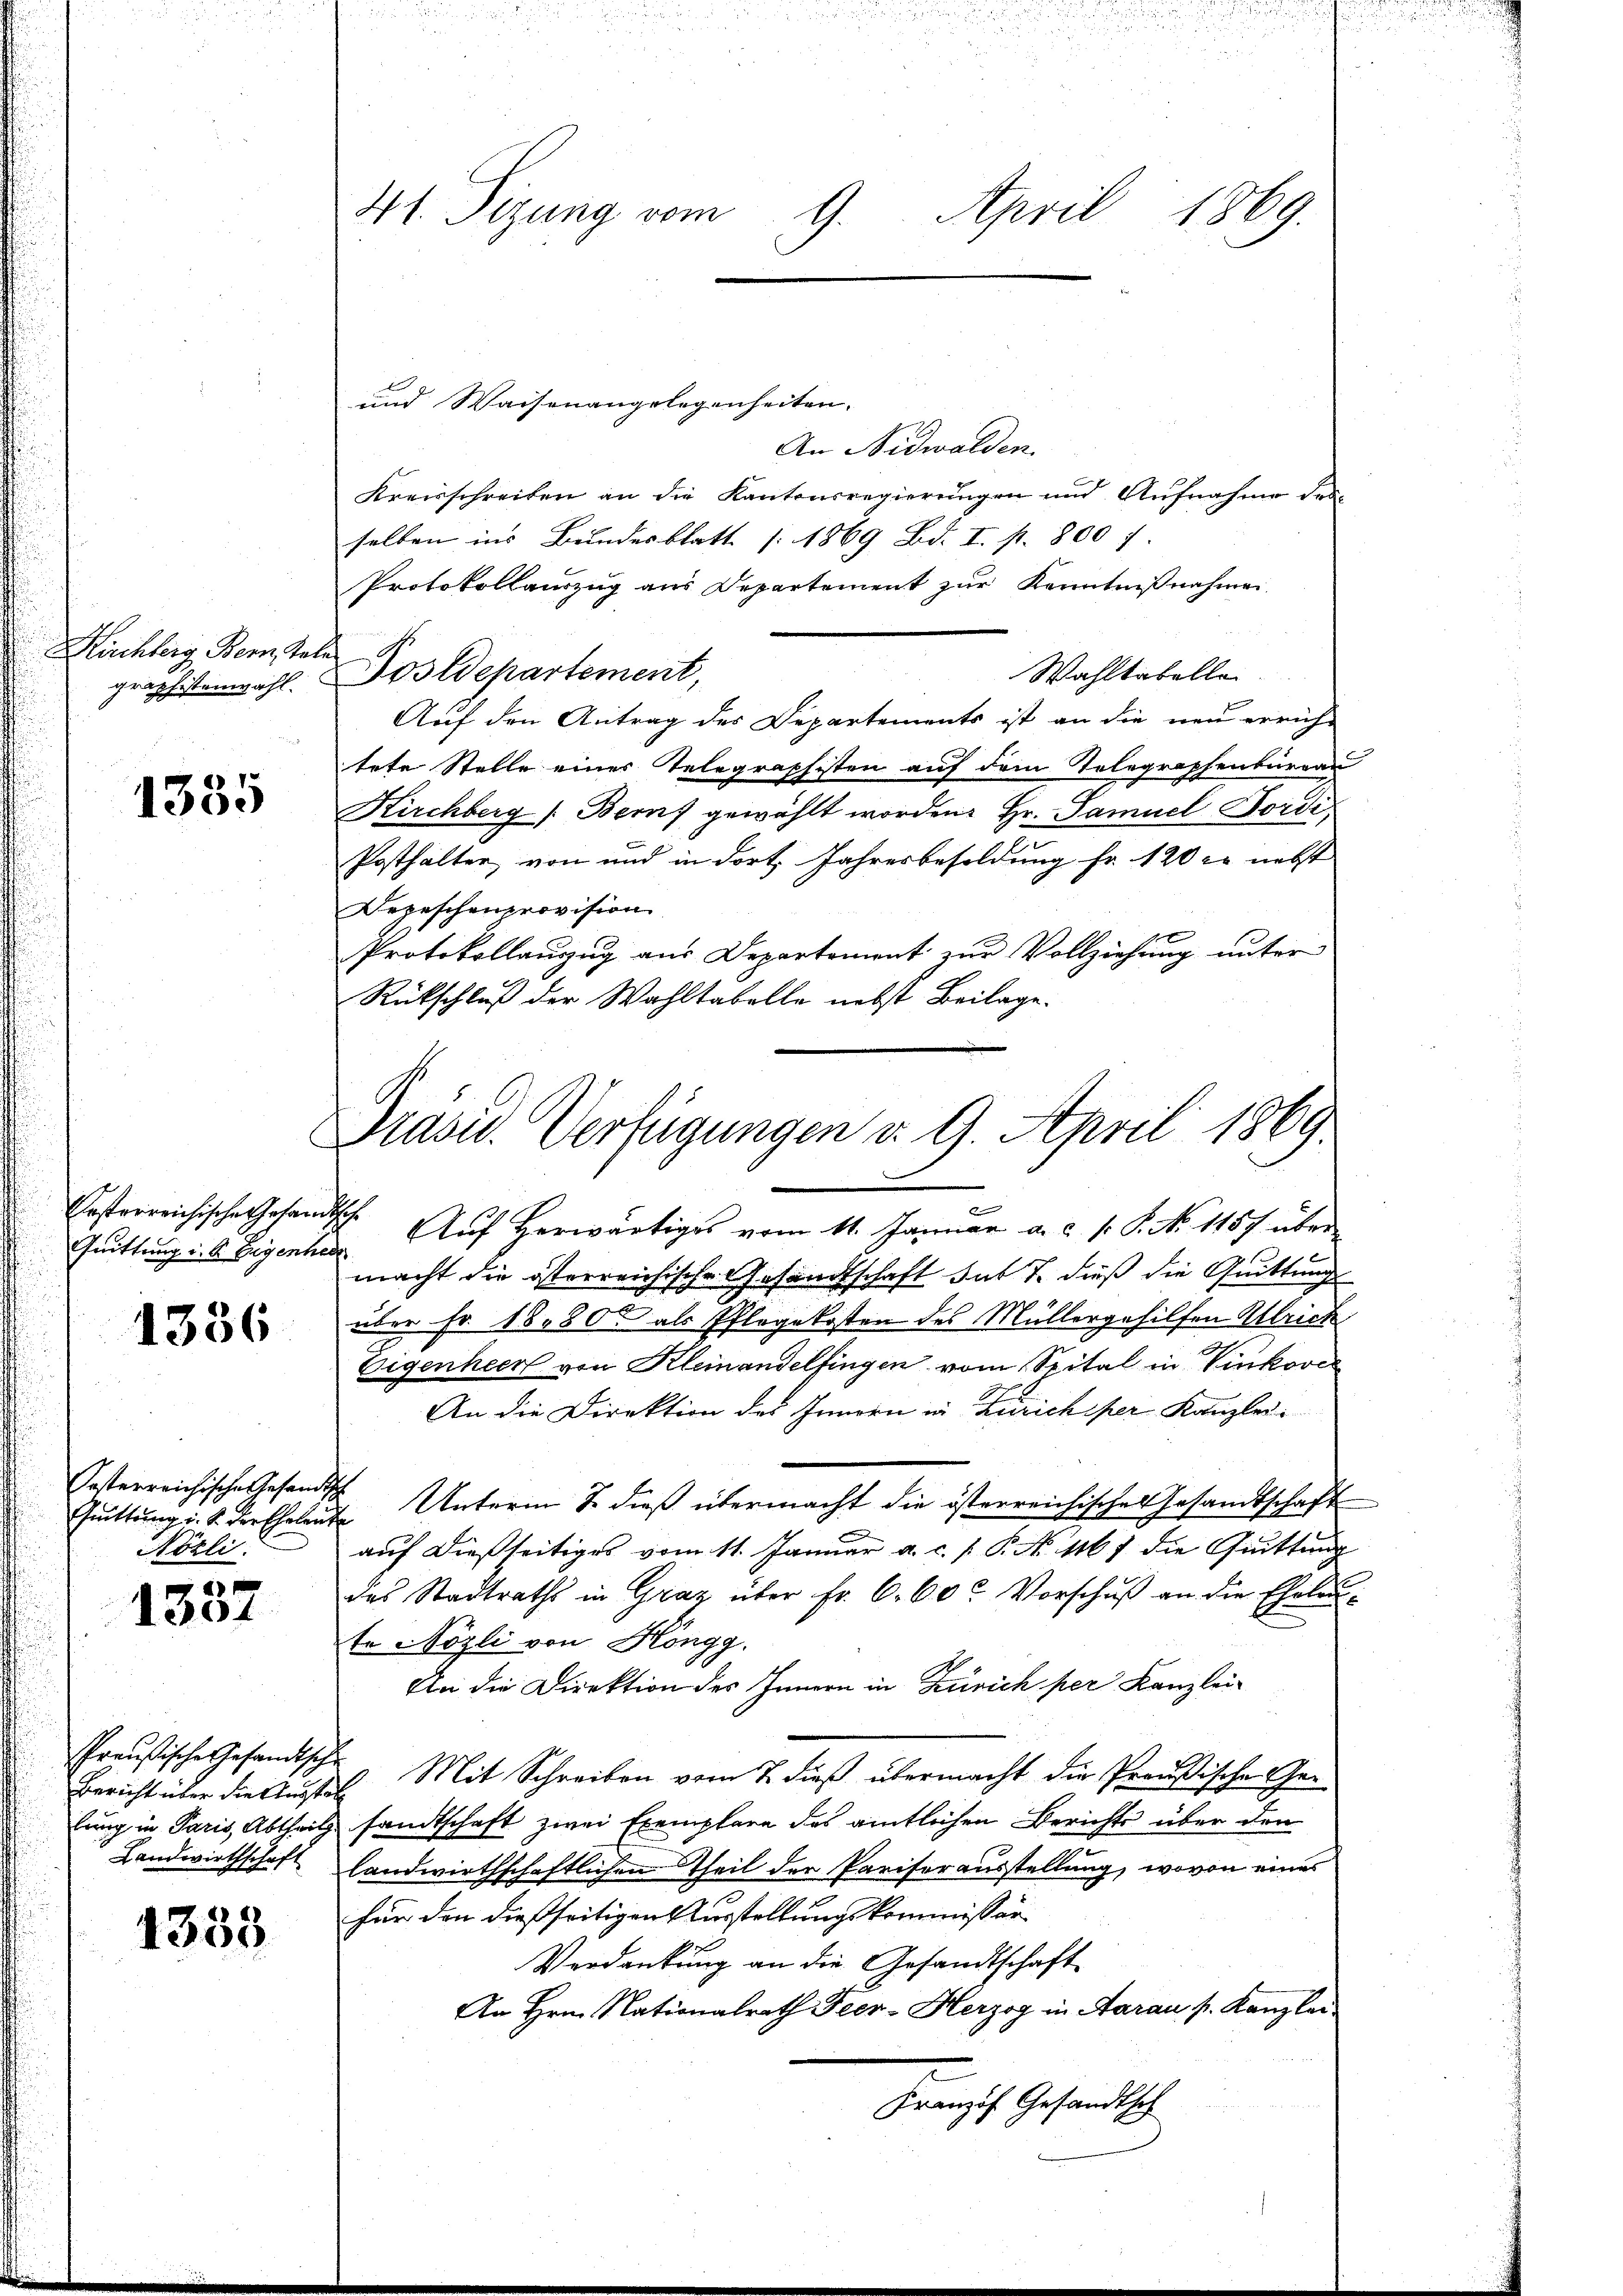
Kirchberg, Bern Re
graphistenwahl.

1335

besterreichische Gesand
Quittung i. B. Eigenhe

1336

Oesterreichische Gesand¬
Quittung i. S. Prefholen.
Nözli.

8
1304

Preußische Gesandtsche
Bericht über die Ausste
lung in Paris, Abtheilg
Landwirthschaft

1353

41. Sizung vom 9. April 1869.

Präsid. Verfügungen v. 9. April 1869
n

und Waisenangelegenheiten.
An Nidwalden.
Kreisschreiben an die Kantonsregierungen und Aufnahme des
selben ins Bundesblatt 1869 Bd. I. p. 800 f
Protokollauszug aus Departement zur Kenntnißnahmen.
Postdepartement,
Wahlkabellen.
Auf den Antrag des Departements ist an die neu errichtete Stelle eines Telegraphisten auf dem Telegraphenburgau
Kirchberg (Berns gewählt worden. Hr. Samuel Bordi
Posthalter von und in dort. Jahresbesoldung fr. 120 ce nebst
Depeschenprovision
Protokollaŭszŭg aŭs Departement zŭr Vollziehŭng ŭnter
Rückschluß der Wahltabelle nebst Beilage.
e
7. Aŭf herwärtiges vom 11. Januar a. c. v. P. No. 1157 über-
macht die österreichische Gesandtschaft hat 7. dieß die Quittung
über Fr. 1880 als Pflegekosten des Müllergehilfen Ulrich
Eigenheer von Kleinandelfingen vom Spital in Vinkor
An die Direktion des Innern in Zürich per Kanzlei.
t
 Unterm 8. dieß übermacht die österreichische Gesandtschaft
auf dießseitiges vom 11. Januar a. c. s. P. No. 4167 die Quittung
das Stadtraths in Graz über Fr. 6. 60. Vorschuß an die Eheleute Nözli von Höngg.
An die Direktion des Innern in Zürich per Kanzlei-
7 Mit Schreiben vom 7. dieß übermacht die Preußische Gesandtschaft zwei Exemplare des amtlichen Berichts über den
landwirthschaftlichen Theil der Pariserausstellung, wovon eines
für den dießseitigen Wurstellungskommissär
Verdankung an die Gesandtschaft
An Hrn. Nationalrath Feer-Herzog in Aarau s. Kanzlei
Franzof Gesandtsch